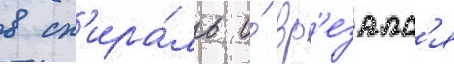
в сп'ира́ль и́ вр'езалс'я